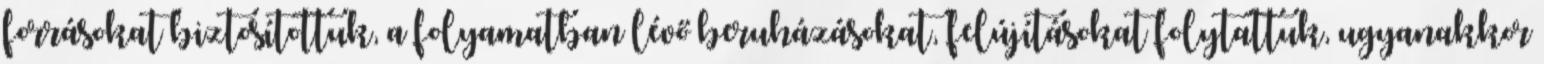
forrásokat biztosítottuk, a folyamatban lévő beruházásokat, felújításokat folytattuk, ugyanakkor